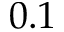
0 . 1